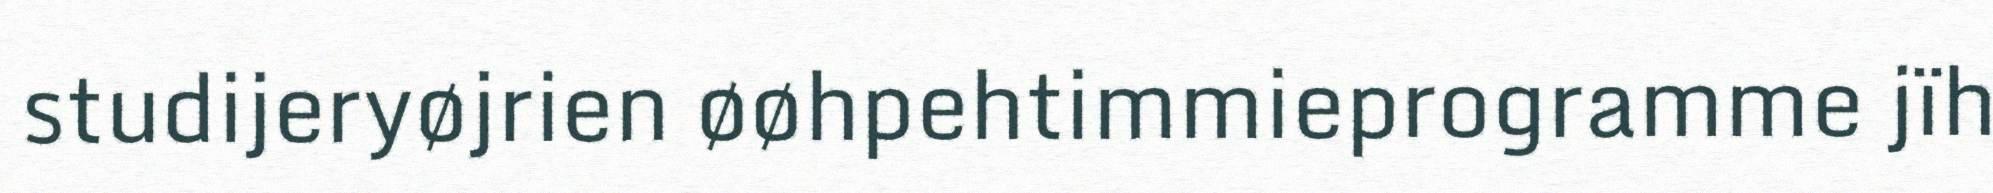
studijeryøjrien øøhpehtimmieprogramme jïh